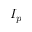
I _ { p }